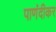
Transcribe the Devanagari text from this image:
पाणंदीकर